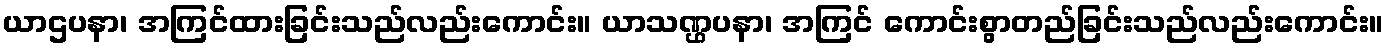
ယာဌပနာ၊ အကြင်ထားခြင်းသည်လည်းကောင်း။ ယာသဏ္ဌပနာ၊ အကြင် ကောင်းစွာတည်ခြင်းသည်လည်းကောင်း။